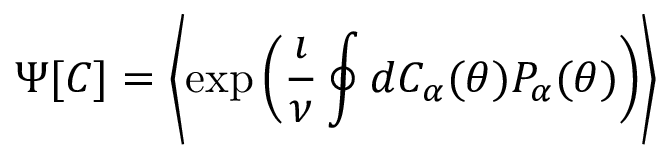
\Psi [ C ] = \left\langle \exp \left( \frac { \i } { \nu } \oint d C _ { \alpha } ( \theta ) P _ { \alpha } ( \theta ) \right) \right\rangle